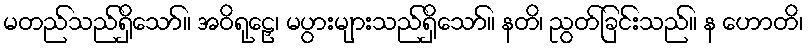
မတည်သည်ရှိသော်။ အဝိရုဠှေ၊ မပွားများသည်ရှိသော်။ နတိ၊ ညွတ်ခြင်းသည်။ န ဟောတိ၊